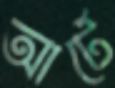
আর্টে